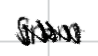
Text: form
Cross-out: zig-zag
Writing tool: digital_black